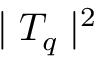
\mid T _ { q } \mid ^ { 2 }